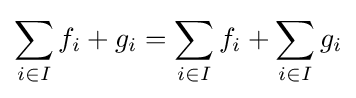
\sum _{i\in I}f_{i}+g_{i}=\sum _{i\in I}f_{i}+\sum _{i\in I}g_{i}